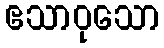
ဧသာဝုသော